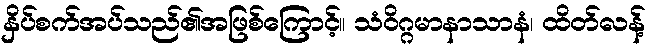
နှိပ်စက်အပ်သည်၏အဖြစ်ကြောင့်။ သံဝိဂ္ဂမာနာသာနံ၊ ထိတ်လန့်